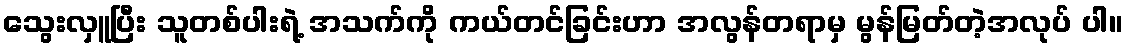
သွေးလှူပြီး သူတစ်ပါးရဲ့ အသက်ကို ကယ်တင်ခြင်းဟာ အလွန်တရာမှ မွန်မြတ်တဲ့အလုပ် ပါ။